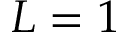
L = 1